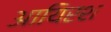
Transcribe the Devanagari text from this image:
आयिरश